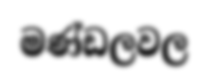
මණ්ඩලවල